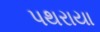
પથરાયા